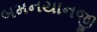
બમનયાનજી